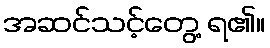
အဆင်သင့်တွေ့ ရ၏။